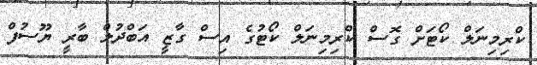
ކްރިމިނަލް ކޯޓަށް ގޮސް ކްރިމިނަލް ކޯޓުގެ އިސް ގާޒީ އަބްދުލް ބާރީ ޔޫސުފް